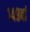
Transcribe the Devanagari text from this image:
१४८वां